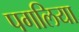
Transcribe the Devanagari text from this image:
पगलिया